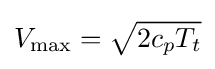
V_{\text{max}}={\sqrt {2c_{p}T_{t}}}